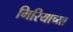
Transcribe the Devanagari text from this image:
गिरियाच्या